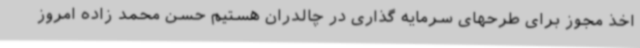
اخذ مجوز برای طرحهای سرمایه گذاری در چالدران هستیم حسن محمد زاده امروز